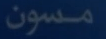
مسون